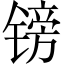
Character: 镑